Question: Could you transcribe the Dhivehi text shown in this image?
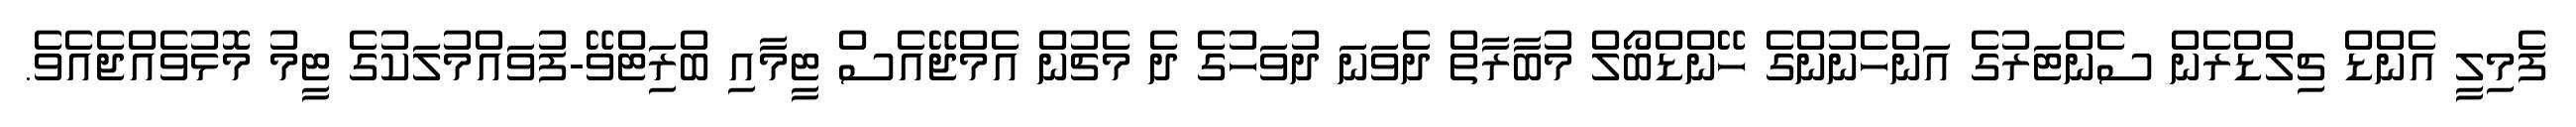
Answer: ފެމިލީ އެންޑް ޗިލްޑްރެން ސެންޓަރުގެ އަންހެނުންގެ ހޭންޑްބޯލް މުބާރާތް ދެވަނަ ދުވަހުގެ ދެ މެޗުން އެމްޖޭއެސް ޓީމާއި ބްރަިޓްވޭ-ފުވައްމުލަކުގެ ޓީމު މޮޅުވެއްޖެއެވެ.